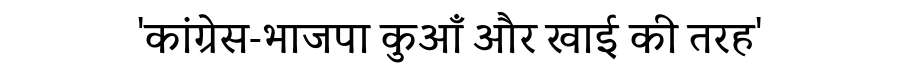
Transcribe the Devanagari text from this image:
'कांग्रेस-भाजपा कुआँ और खाई की तरह'